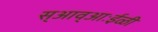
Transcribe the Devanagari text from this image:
स्आव्आःईळी